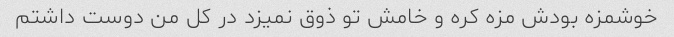
خوشمزه بودش مزه کره و خامش تو ذوق نمیزد در کل من دوست داشتم